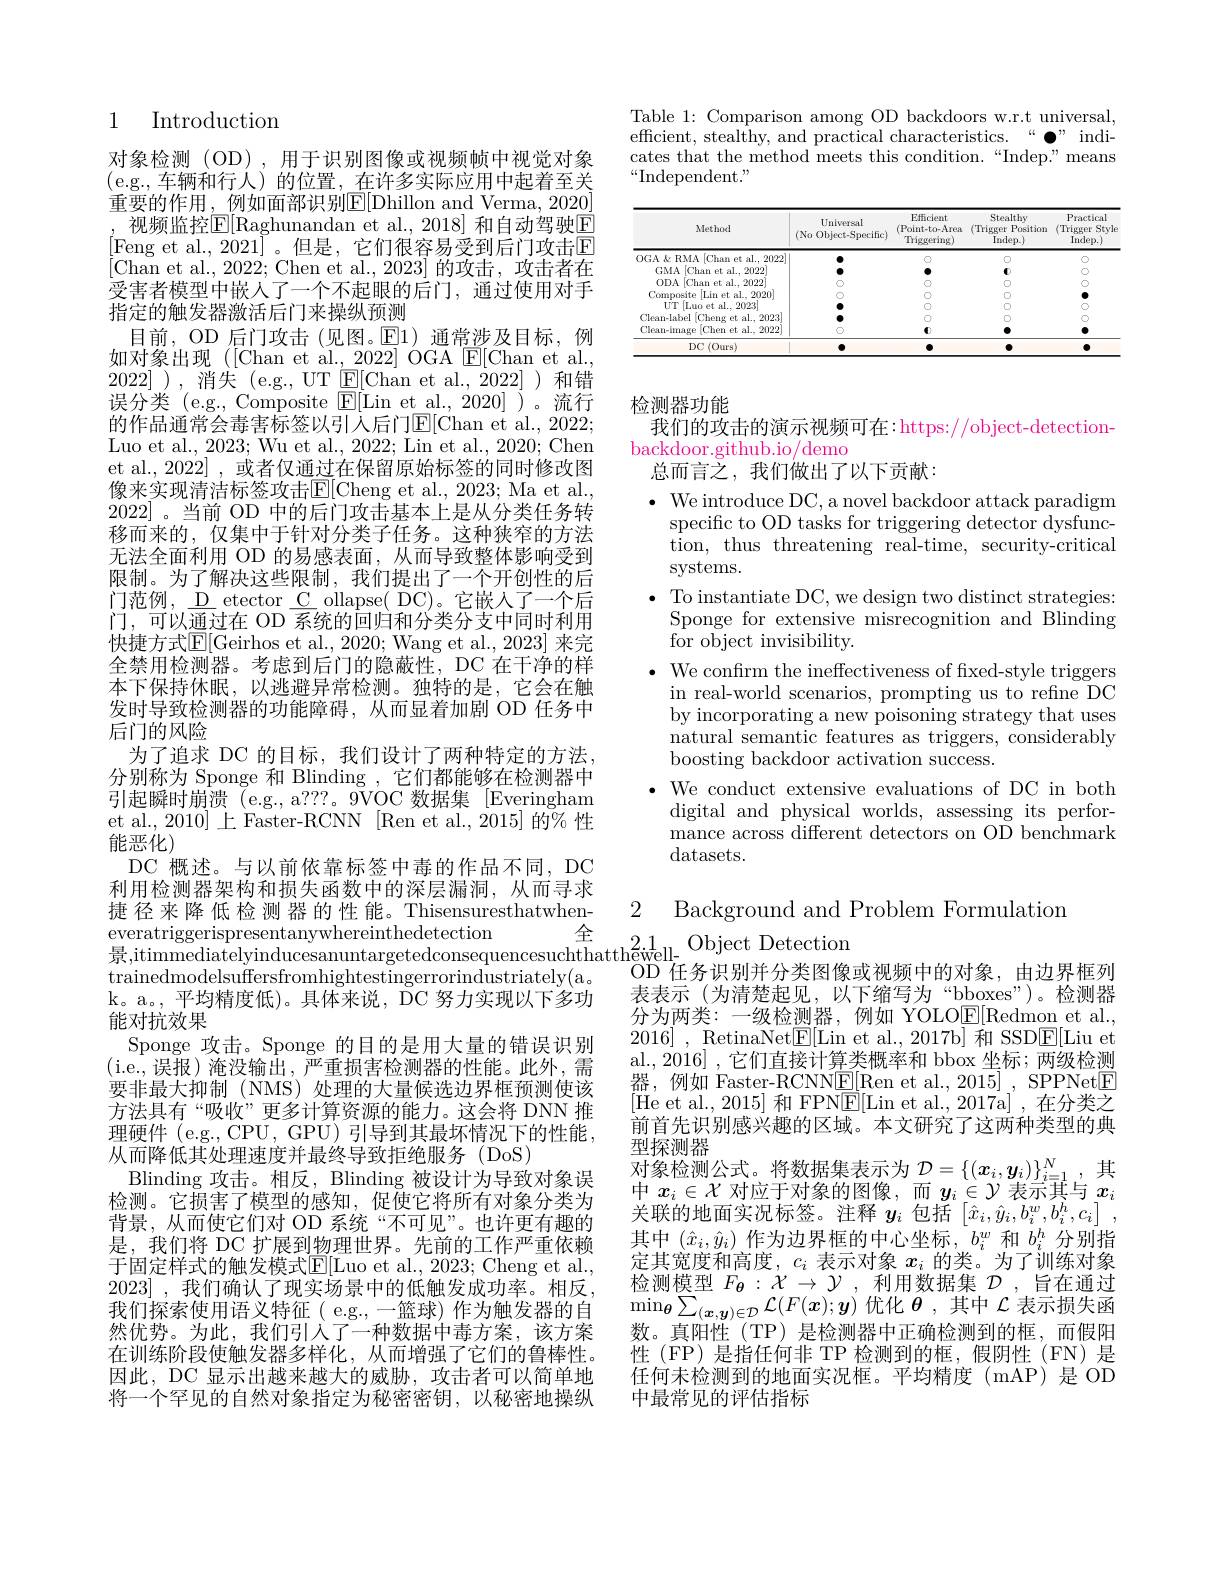
## 1 Introduction

对象检测(OD),用于识别图像或视频帧中视觉对象(e.g.,车辆和行人)的位置，在许多实际应用中起着至关重要的作用，例如面部识别E[ Dhillon and Verma, 2020]
视频监控$\overline{\mathrm{E}}[$Raghunandan et al.,2018] 和自动驾驶$\overline{\mathrm{E}}$ [Feng et al.,2021]。但是，它们很容易受到后门攻击E $[\bar{\mathrm{Chan~et~al.,~2022;~Chen~et~al.,~2023]~}}$的攻击，攻击者在受害者模型中嵌人了一个不起眼的后门，通过使用对手指定的触发器激活后门来操纵预测
目前，OD 后门攻击 (见图。$\underline{\mathrm{E}}$1)通常涉及目标，例如对象出现([Chan et al.,2022] OGA[E[Chan et al., 2022]),消失 $( e. g. , UT \overleftarrow{\mathrm{E} } [ Chan et al. , 2022]$)和错误分类 (e.g., Composite $\boxed{\mathrm{F}}[$Lin et al., 2020])。流行的作品通常会毒害标签以引人后门$\mathbb{E}[$Chan et al., 2022; Luo et al., 2023; Wu et al., 2022; Lin et al., 2020; Chen et al., 2022] , 或者仅通过在保留原始标签的同时修改图像来实现清洁标签攻击$\operatorname{E}[$Cheng et al., 2023; Ma et al. 2022]。当前 OD 中的后门攻击基本上是从分类任务转移而来的，仅集中于针对分类子任务。这种狭窄的方法无法全面利用 OD 的易感表面，从而导致整体影响受到限制。为了解决这些限制，我们提出了一个开创性的后门范例，\_D\_etector\_C\_ollapse(DC)。它嵌人了一个后门，可以通过在 OD 系统的回归和分类分支中同时利用快捷方式$\mathbb{E}[$Geirhos et al., 2020; Wang et al., 2023] 来完全禁用检测器。考虑到后门的隐蔽性，DC 在干净的样本下保持休眠，以逃避异常检测。独特的是，它会在触发时导致检测器的功能障碍，从而显着加剧 OD 任务中后门的风险
为了追求 DC 的目标，我们设计了两种特定的方法， 分别称为 Sponge 和 Blinding , 它们都能够在检测器中引 起 瞬 时 崩 溃 ( e. g. , a? ? ? 。9VOC数 据 集 [ Everingham] 引 起 瞬 时 崩 溃 ( e. g. , a? ? ? 。9VOC 数 据 集 [ Everingham] ( 1- 1) et al., 2010] 上 Faster-RCNN [Ren et al., 2015] 的% 性能恶化)
DC 概述。与以前依靠标签中毒的作品不同，DC 利用检测器架构和损失函数中的深层漏洞，从而寻求捷径来降低检测器的性能。Thisensuresthatwheneveratriggerispresentanywhereinthedetection全 $\text{景 , itimmediatelyinducesanuntargetedconsequencesuchthatthe\" {w}ell- }$Object Detection trainedmodelsuffersfromhightestingerrorindustriately( a。OD 任 务 识 别 并 分 类 图 像 一 个
k。a。,平均精度低)。具体来说，DC 努力实现以下多功
能对抗效果
Sponge 攻击。Sponge 的目的是用大量的错误识别(i.e.,误报)淹没输出，严重损害检测器的性能。此外，需要非最大抑制 (NMS) 处理的大量候选边界框预测使该方法具有“吸收”更多计算资源的能力。这会将 DNN 推理硬件 (e.g., CPU, GPU) 引导到其最坏情况下的性能， 从而降低其处理速度并最终导致拒绝服务(DoS)
$\operatorname{Blinding}$攻击。相反，Blinding 被设计为导致对象误检测。它损害了模型的感知，促使它将所有对象分类为背景，从而使它们对 OD 系统“不可见”。也许更有趣的是，我们将 DC 扩展到物理世界。先前的工作严重依赖于固定样式的触发模式$\mathbb{E}[$Luo et al., 2023; Cheng et al., 2023] , $我 们 确 认 了 现 实 场 景 中 的 低 触 发 成 功 率 。相 反 $, 我们探索使用语义特征(e.g.,一篮球)作为触发器的自然优势。为此，我们引入了一种数据中毒方案，该方案在训练阶段使触发器多样化，从而增强了它们的鲁棒性。因此，DC 显示出越来越大的威胁，攻击者可以简单地将一个罕见的自然对象指定为秘密密钥，以秘密地操纵

Table 1: Comparison among OD backdoors w.r.t universal, efficient, stealthy, and practical characteristics.““·” indicates that the method meets this condition.“Indep.”means “Independent.”

<table>
	<tbody>
		<tr>
			<th>Method</th>
			<th>Universal (No Object-Specific)</th>
			<th>Eficient (Point-to-Area Triggering)</th>
			<th>Stealthy (Trigger Position $Indep.)$</th>
			<th>Practical (Trigger Styl$\epsilon$ Indep.)</th>
		</tr>
		<tr>
			<td>OGA $k$ RMA [Chan et al.. 2022</td>
			<td> </td>
			<td>C</td>
			<td>D</td>
			<td>C</td>
		</tr>
		<tr>
			<td>GMA [Chan et al., 2022</td>
			<td> </td>
			<td>1</td>
			<td>1</td>
			<td>$C$</td>
		</tr>
		<tr>
			<td>$0DA$ [Chan et al., 2022]</td>
			<td> </td>
			<td>C</td>
			<td>D</td>
			<td>$C$</td>
		</tr>
		<tr>
			<td>Composite [Lin et al., 2020]</td>
			<td> </td>
			<td>C</td>
			<td>T</td>
			<td> </td>
		</tr>
		<tr>
			<td>$\dot{U}T\left[\text{Luo et al., 2023}\right]$</td>
			<td> </td>
			<td>C</td>
			<td>D</td>
			<td>$C$</td>
		</tr>
		<tr>
			<td>Clean-label [Cheng et al..2023</td>
			<td> </td>
			<td>C</td>
			<td>D</td>
			<td>$C$</td>
		</tr>
		<tr>
			<td>Clean-image [Chen et al., 2022] $\exists$</td>
			<td>C</td>
			<td>$\mathbf{C}$</td>
			<td> </td>
			<td>$\bullet$</td>
		</tr>
		<tr>
			<td>DC(Ours)</td>
			<td> </td>
			<td>T</td>
			<td> </td>
			<td>A</td>
		</tr>
	</tbody>
</table>

检测器功能

我们的攻击的演示视频可在：https://object-detection-
## backdoor.github.io/demo
总而言之，我们做出了以下贡献：

$\bullet$ We introduce DC, a novel backdoor attack paradigm
specific to OD tasks for triggering detector dysfunction, thus threatening real-time, security-critical systems.
, To instantiate DC, we design two distinct strategies: Sponge for extensive misrecognition and Blinding for object invisibility.
$\bullet$ We confırm the ineffectiveness of fıxed-style triggers
in real-world scenarios, prompting us to refine DC by incorporating a new poisoning strategy that uses natural semantic features as triggers, considerably boosting backdoor activation success.
$\bullet$ We conduct extensive evaluations of DC in both digital and physical worlds, assessing its performance across different detectors on OD benchmark datasets.

2

Background and Problem Formulation

OD 任务识别并分类图像或视频中的对象，由边界框列表表示 (为清楚起见，以下缩写为“bboxes”)。检测器分为两类：一级检测器，例如 YOLO$\underline{\mathrm{E}}[$Redmon et al., 2016] , RetinaNet$\underline{\mathrm{E}}[$Lin et al.,2017b] 和 SSD$\underline{\mathrm{E}}[$Liu et al., 2016] , 它们直接计算类概率和 bbox 坐标；两级检测器，例如 Faster-RCNN$\boxed{\mathrm{F}}[$Ren et al., 2015], SPPNet$\boxed{\mathrm{F}}$ [He et al., 2015] 和 FPN$\underline{\mathrm{E}}[$Lin et al., 2017a]',在分类之前首先识别感兴趣的区域。本文研究了这两种类型的典型探测器
对象检测公式。将数据集表示为$\mathcal{D}=\{(x_i,y_i)\}_{i=1}^N$,其中$x_i\in\mathcal{X}$对应于对象的图像，而$y_i\in\mathcal{Y}$表示其与$x_i$ 关联的地面实况标签。注释$y_i$包括$\left[\hat{x}_i,\hat{y}_i,b_i^w,b_i^h,c_i\right]$, 其中$(\hat{x}_i,\hat{y}_i)$作为边界框的中心坐标，$b_i^w$和$b_i^h$分别指定其宽度和高度，$c_i$表示对象$x_i$的类。为了训练对象检测模型$F_{\boldsymbol{\theta}}:\mathcal{X}\to\mathcal{Y}$,利用数据集$\mathcal{D}$,旨在通过$\operatorname*{min}_{\boldsymbol{\theta}}\sum_{(\boldsymbol{x},\boldsymbol{y})\in\mathcal{D}}\mathcal{L}(F(\boldsymbol{x});\boldsymbol{y})$优化$\boldsymbol{\theta}$,其中$\mathcal{L}$表示损失函数。真阳性(TP)是检测器中正确检测到的框，而假阳性 (FP) 是指任何非 TP 检测到的框，假阴性 (FN) 是任何未检测到的地面实况框。平均精度(mAP)是 OD 中最常见的评估指标